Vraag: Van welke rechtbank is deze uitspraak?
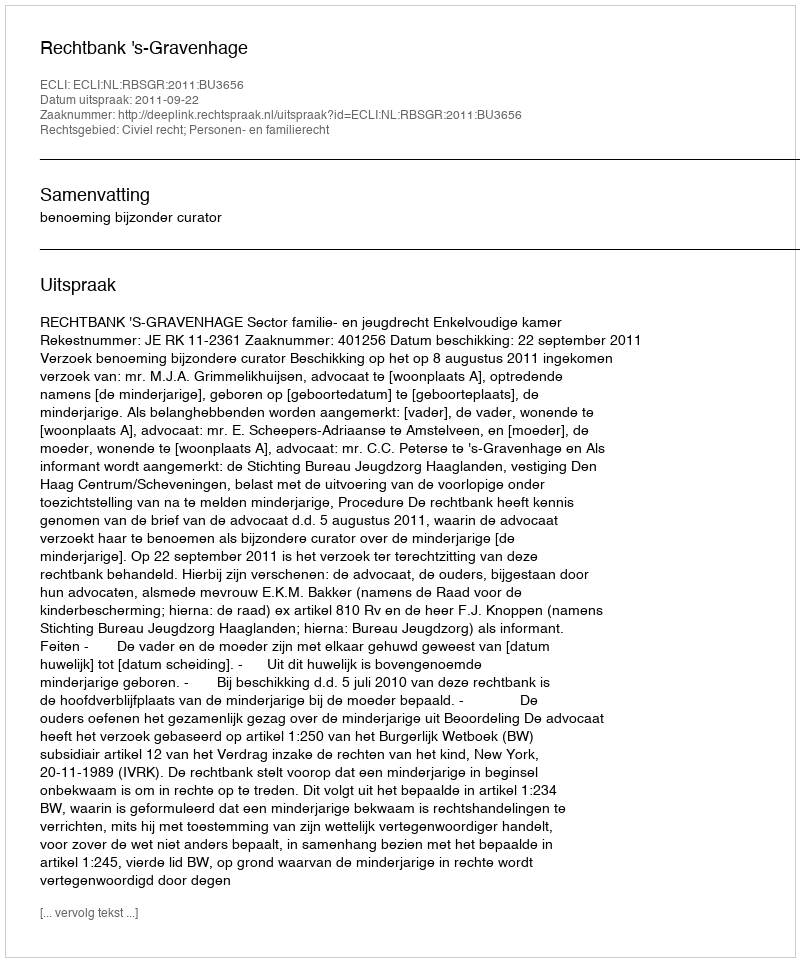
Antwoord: Rechtbank 's-Gravenhage